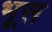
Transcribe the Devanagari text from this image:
भूस